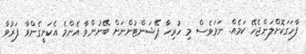
ފާހަގަކޮށްލަންޖެހޭ ކަމެއް. ނަމަވެސް މި ހުރިހާ ޕޭޝަންޓުންނަށް ބޭނުންވާ އެންމެ އެކަށީގެންވާ ފަރުވާ